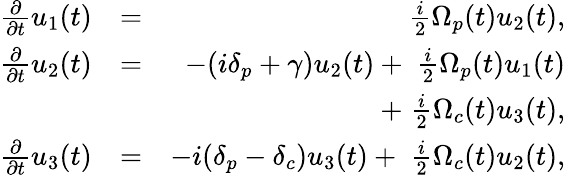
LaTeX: \begin{array}{rlr}{\frac{\partial}{\partial t}{u}_{1}(t)}&{=}&{\; \frac{i}{2}{\Omega}_{p}(t)u_{2}(t),}\\ {\frac{\partial}{\partial t}{u}_{2}(t)}&{=}&{-(i\delta_{p}+\gamma)u_{2}(t)+\; \frac{i}{2}{\Omega}_{p}(t)u_{1}(t)}\\ &{}&{+\; \frac{i}{2}{\Omega}_{c}(t)u_{3}(t),}\\ {\frac{\partial}{\partial t}{u}_{3}(t)}&{=}&{-i(\delta_{p}-\delta_{c})u_{3}(t)+\; \frac{i}{2}{\Omega}_{c}(t)u_{2}(t),}\end{array}